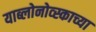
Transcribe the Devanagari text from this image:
याब्लोनोव्स्काच्या